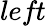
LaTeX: \textit{left}